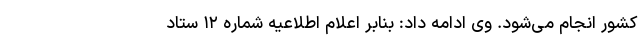
کشور انجام می‌شود. وی ادامه داد: بنابر اعلام اطلاعیه شماره ۱۲ ستاد